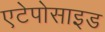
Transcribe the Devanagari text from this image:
एटेपोसाइड